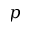
p